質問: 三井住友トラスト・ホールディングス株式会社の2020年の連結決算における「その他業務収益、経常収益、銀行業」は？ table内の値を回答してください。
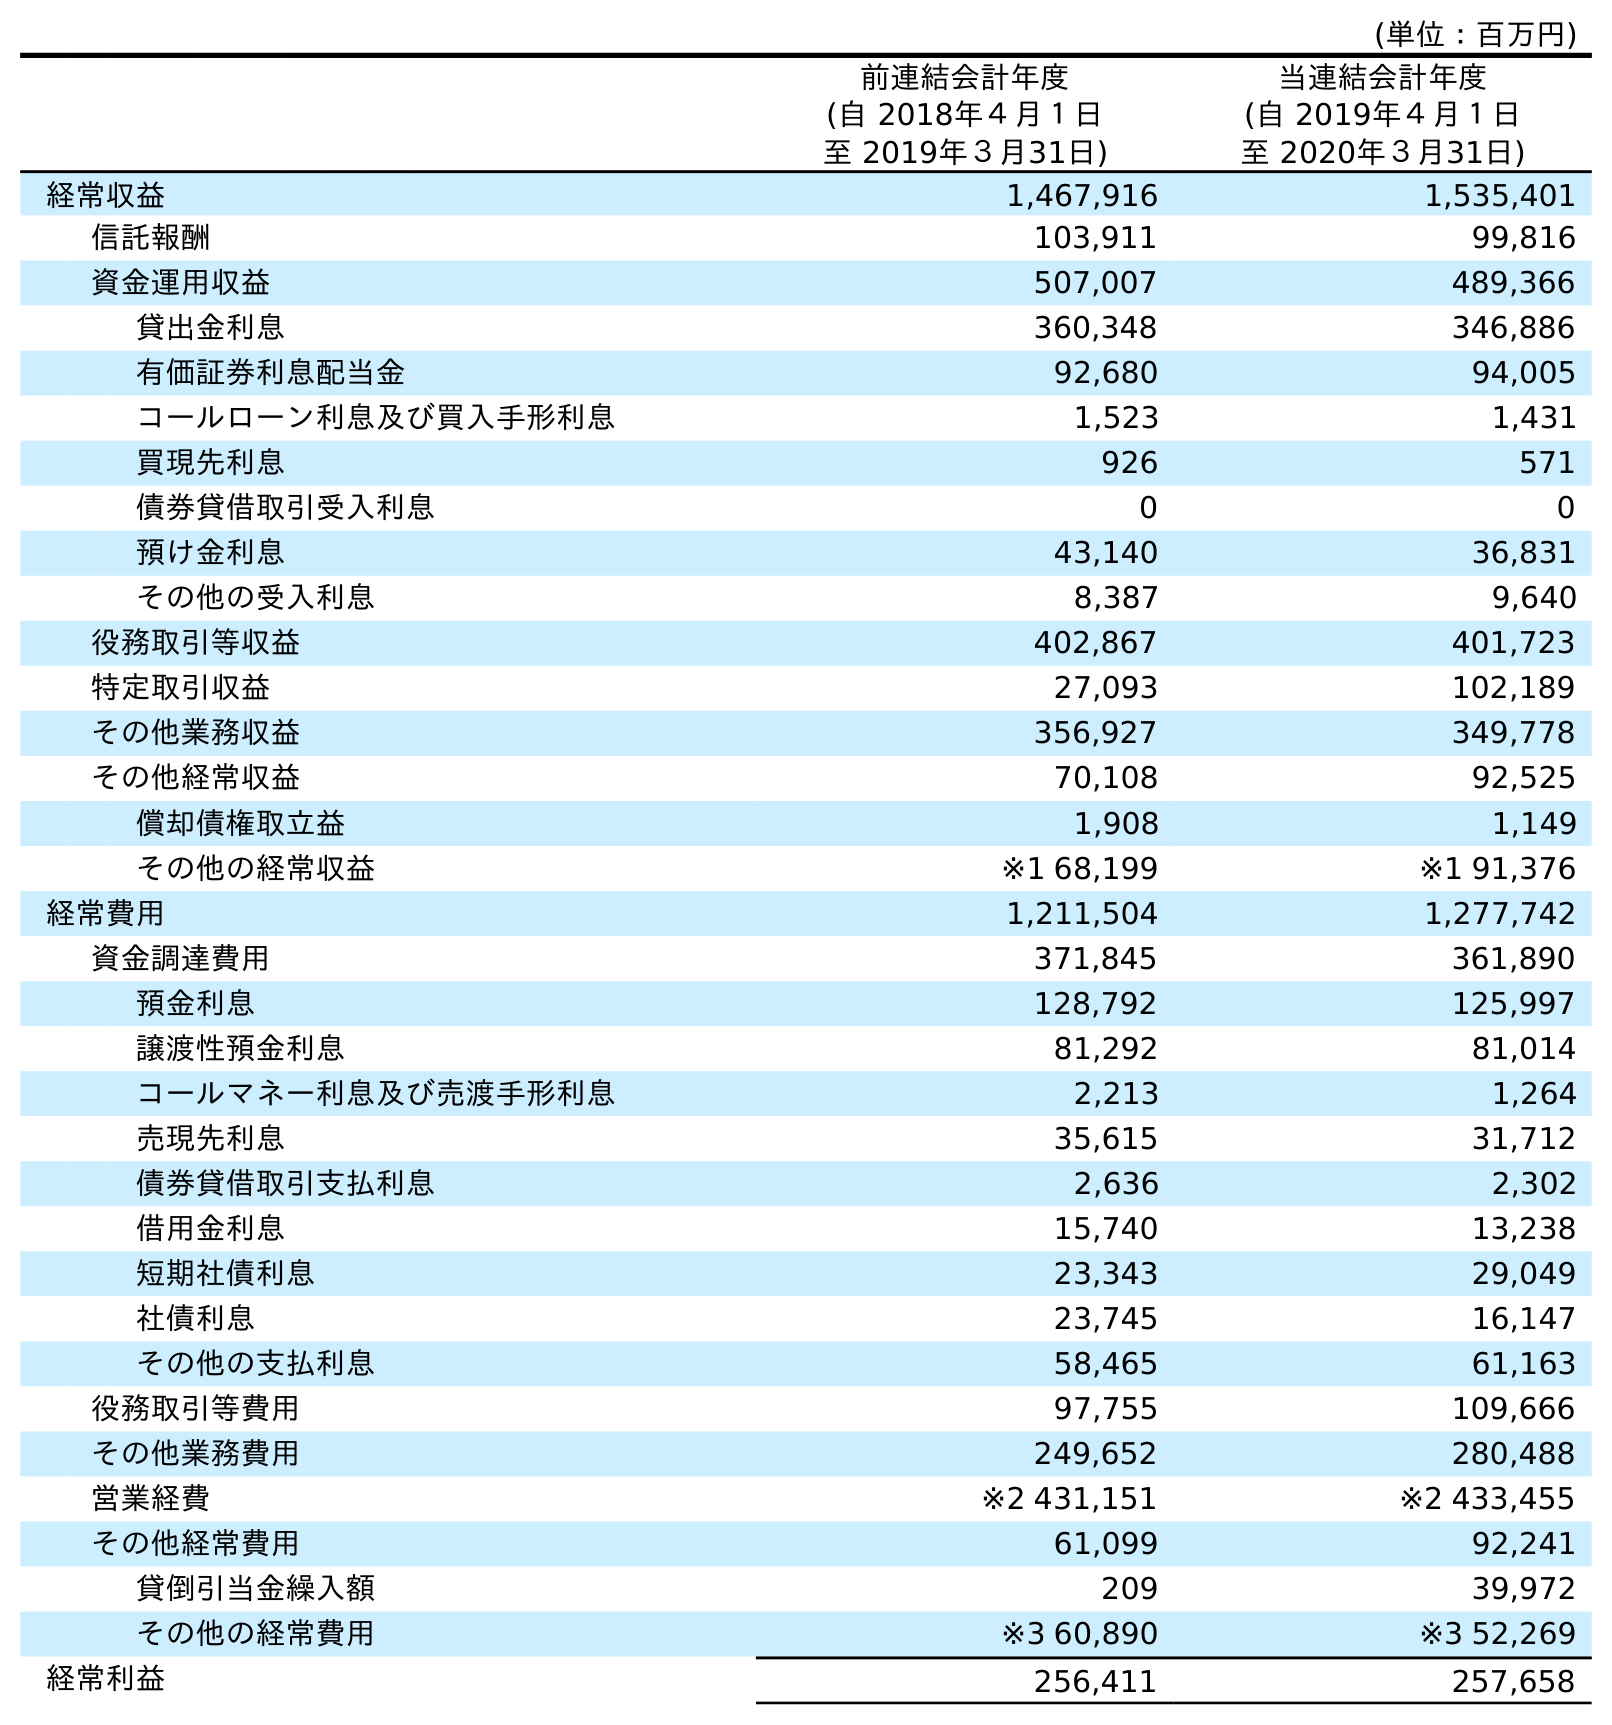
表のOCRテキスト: (単位：百万円) 前連結会計年度 (自 2018年４月１日 至 2019年３月31日) 当連結会計年度 (自 2019年４月１日 至 2020年３月31日) 経常収益 1,467,916 1,535,401 信託報酬 103,911 99,816 資金運用収益 507,007 489,366 貸出金利息 360,348 346,886 有価証券利息配当金 92,680 94,005 コールローン利息及び買入手形利息 1,523 1,431 買現先利息 926 571 債券貸借取引受入利息 0 0 預け金利息 43,140 36,831 その他の受入利息 8,387 9,640 役務取引等収益 402,867 401,723 特定取引収益 27,093 102,189 その他業務収益 356,927 349,778 その他経常収益 70,108 92,525 償却債権取立益 1,908 1,149 その他の経常収益 ※1 68,199 ※1 91,376 経常費用 1,211,504 1,277,742 資金調達費用 371,845 361,890 預金利息 128,792 125,997 譲渡性預金利息 81,292 81,014 コールマネー利息及び売渡手形利息 2,213 1,264 売現先利息 35,615 31,712 債券貸借取引支払利息 2,636 2,302 借用金利息 15,740 13,238 短期社債利息 23,343 29,049 社債利息 23,745 16,147 その他の支払利息 58,465 61,163 役務取引等費用 97,755 109,666 その他業務費用 249,652 280,488 営業経費 ※2 431,151 ※2 433,455 その他経常費用 61,099 92,241 貸倒引当金繰入額 209 39,972 その他の経常費用 ※3 60,890 ※3 52,269 経常利益 256,411 257,658
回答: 349,778